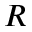
R